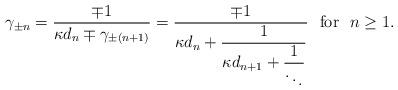
LaTeX: \begin{align*}\gamma_{\pm n} =\frac{\mp 1}{\kappa d_n\mp\gamma_{\pm (n+1)} }=\frac{\mp1}{\kappa d_n+\displaystyle\frac{1}{\kappa d_{n+1}+\displaystyle\frac{1}{\ddots}}}\,\,\mbox{ for }\,\,n\geq1.\end{align*}